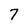
Character: 7